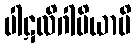
ပါဋလိဂါမိယာပိ